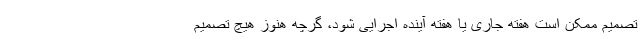
تصمیم ممکن است هفته جاری یا هفته آینده اجرایی شود، گرچه هنوز هیچ تصمیم